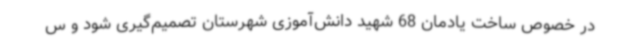
در خصوص ساخت یادمان 68 شهید دانش‌آموزی شهرستان تصمیم‌گیری شود و س